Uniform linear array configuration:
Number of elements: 8
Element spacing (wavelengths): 0.5
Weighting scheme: hamming
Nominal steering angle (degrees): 30
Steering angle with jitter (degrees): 31.071
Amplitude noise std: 0.05
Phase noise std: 0.05

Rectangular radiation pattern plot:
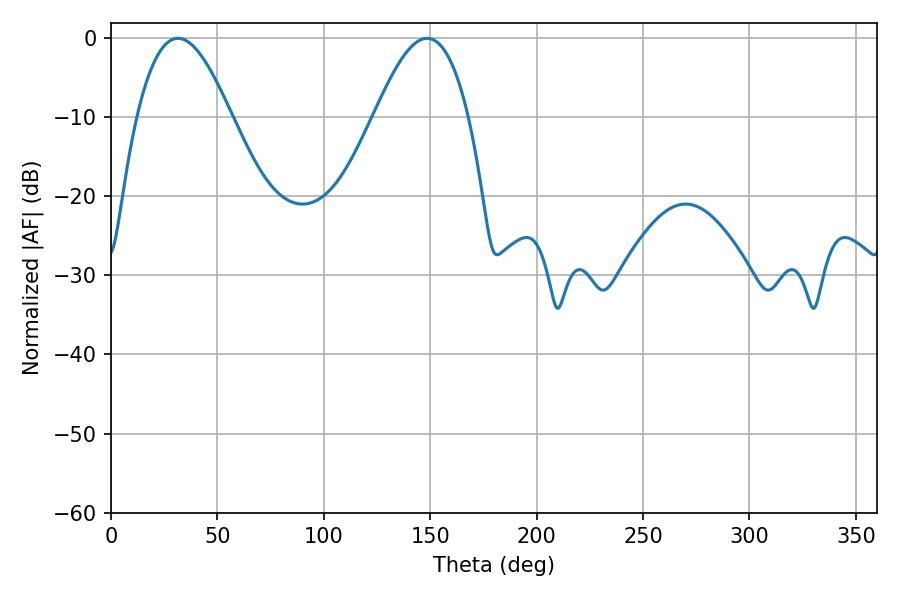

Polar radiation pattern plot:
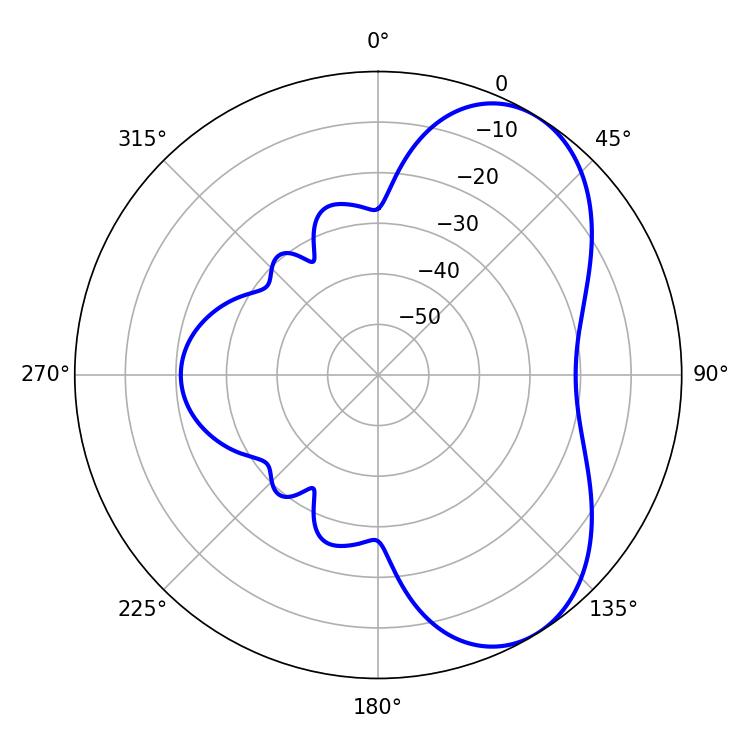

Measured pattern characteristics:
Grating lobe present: FALSE
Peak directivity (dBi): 6.046
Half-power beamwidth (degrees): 23.94
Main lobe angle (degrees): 31.5